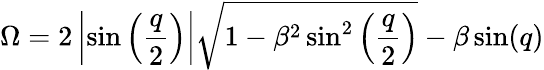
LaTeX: \Omega=2\left|\sin\left(\frac{q}{2}\right)\right|\sqrt{1-\beta^{2}\sin^{2}\left(\frac{q}{2}\right)}-\beta\sin(q)